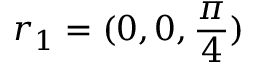
r _ { 1 } = ( 0 , 0 , \frac { \pi } { 4 } )